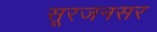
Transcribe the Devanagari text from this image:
सूरजनसर